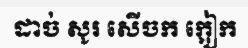
ដាច់ សូរ សើចក ក្អៀក